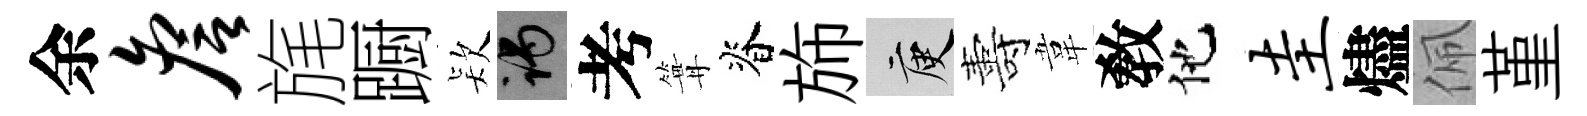
余詹旄蹰𣣇谒考篝脊斾庾夀韋敎他圭燼佩堇